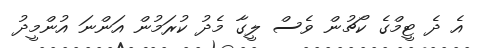
އެ ދެ ޓީމްގެ ކޯޗުން ވެސް ލީގާ މެދު ކުރަމުން އަންނަ އުންމީދު